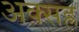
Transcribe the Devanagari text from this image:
अक्सह्र